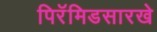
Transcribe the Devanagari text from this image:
पिरॅमिडसारखे